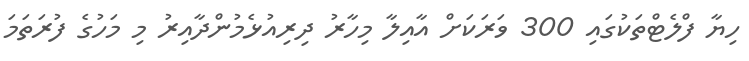
ހިޔާ ފްލެޓްތަކުގައި 300 ވަރަކަށް އާއިލާ މިހާރު ދިރިއުޅެމުންދާއިރު މި މަހުގެ ފުރަތަމަ